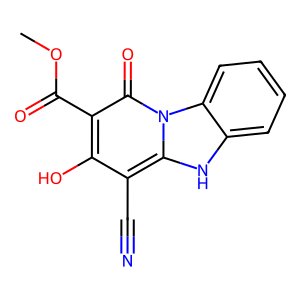
SMILES: COC(=O)c1c(O)c(C#N)c2[nH]c3ccccc3n2c1=O
Inhibits HIV replication: No